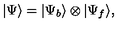
| \Psi \rangle = | \Psi _ { b } \rangle \otimes | \Psi _ { f } \rangle ,